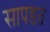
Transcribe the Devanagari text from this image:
सापडतं